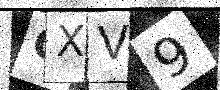
Text: GXV9